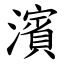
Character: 濱